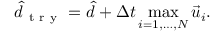
\hat { d } _ { \mathrm { ~ t ~ r ~ y ~ } } = \hat { d } + \Delta t \operatorname* { m a x } _ { i = 1 , \dots , N } \vec { u } _ { i } .